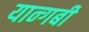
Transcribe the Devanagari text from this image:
यान्गबी